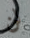
لن